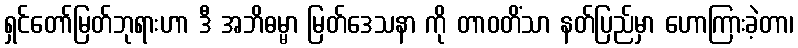
ရှင်တော်မြတ်ဘုရားဟာ ဒီ အဘိဓမ္မာ မြတ်ဒေသနာ ကို တာဝတိံသာ နတ်ပြည်မှာ ဟောကြားခဲ့တာ၊